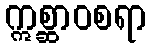
ဣစ္ဆာဝစရာ